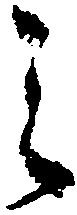
ミ